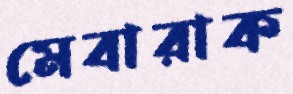
মেবারাক